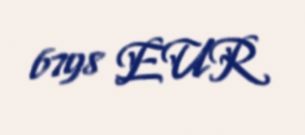
6798 EUR